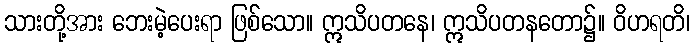
သားတို့အား ဘေးမဲ့ပေးရာ ဖြစ်သော။ ဣသိပတနေ၊ ဣသိပတနတော၌။ ဝိဟရတိ၊